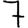
Digit: 7